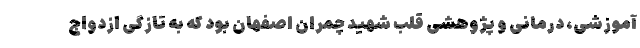
آموزشی، درمانی و پژوهشی قلب شهید چمران اصفهان بود که به تازگی ازدواج